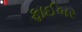
ફાઈબર